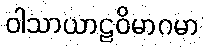
ဝါသာယာဠဝိမာဂမာ